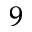
^ { 9 }